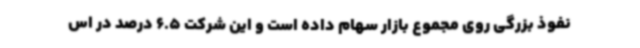
نفوذ بزرگی روی مجموع بازار سهام داده است و این شرکت 6.5 درصد در اس